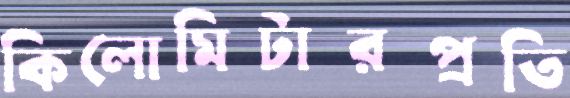
কিলোমিটারপ্রতি